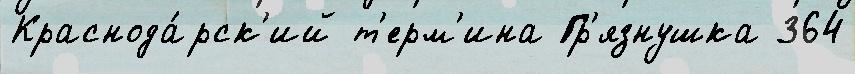
Краснода́рск'ий т'ерм'ина Гр'язнушка 364